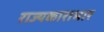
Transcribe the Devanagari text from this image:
राज्यकाराभार